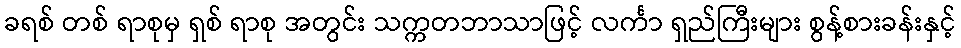
ခရစ် တစ် ရာစုမှ ရှစ် ရာစု အတွင်း သက္ကတဘာသာဖြင့် လင်္ကာ ရှည်ကြီးများ စွန့်စားခန်းနှင့်